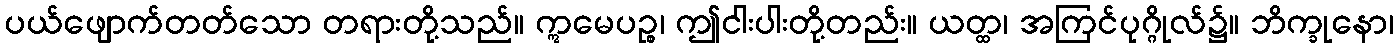
ပယ်ဖျောက်တတ်သော တရားတို့သည်။ ဣမေပဉ္စ၊ ဤငါးပါးတို့တည်း။ ယတ္ထ၊ အကြင်ပုဂ္ဂိုလ်၌။ ဘိက္ခုနော၊